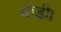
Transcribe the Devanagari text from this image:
थोड़ी।